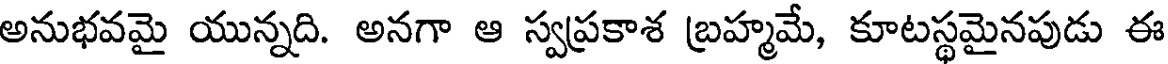
అనుభవమై యున్నది. అనగా ఆ స్వప్రకాశ బ్రహ్మమే, కూటస్థమైనపుడు ఈ